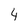
Character: 4